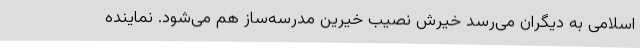
اسلامی به دیگران می‌رسد خیرش نصیب خیرین مدرسه‌ساز هم می‌شود. نماینده